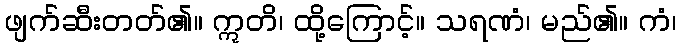
ဖျက်ဆီးတတ်၏။ ဣတိ၊ ထို့ကြောင့်။ သရဏံ၊ မည်၏။ ကံ၊